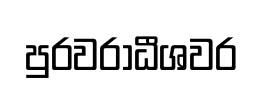
පුරවරාධීශවර